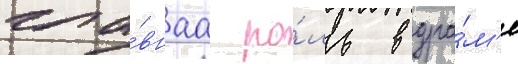
гла́внаа ро́ль в дра́м'е